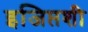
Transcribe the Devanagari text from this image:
इजिप्तशी